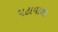
પટાવાળા